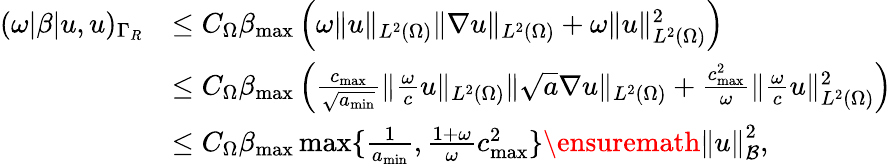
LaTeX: \begin{array}{rl}{(\omega|\beta|u,u)_{\Gamma_{R}}}&{\leq C_{\Omega}\beta_{\operatorname*{max}}\left(\omega\| u\| _{L^{2}(\Omega)}\| \nabla u\| _{L^{2}(\Omega)}+\omega\| u\| _{L^{2}(\Omega)}^{2}\right)}\\ &{\leq C_{\Omega}\beta_{\operatorname*{max}}\left(\frac{c_{\operatorname*{max}}}{\sqrt{a_{\operatorname*{min}}}}\| \frac{\omega}{c}u\| _{L^{2}(\Omega)}\| \sqrt{a}\nabla u\| _{L^{2}(\Omega)}+\frac{c_{\operatorname*{max}}^{2}}{\omega}\| \frac{\omega}{c}u\| _{L^{2}(\Omega)}^{2}\right)}\\ &{\leq C_{\Omega}\beta_{\operatorname*{max}}\operatorname*{max}\{ \frac{1}{a_{\operatorname*{min}}},\frac{1+\omega}{\omega}c_{\operatorname*{max}}^{2}\} \ensuremath{\Vert u\Vert}_{\mathcal{B}}^{2},}\end{array}